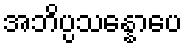
အဘိပ္ပသန္နောပေ